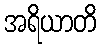
အရိယာတိ